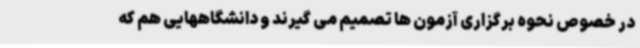
در خصوص نحوه برگزاری آزمون ها تصمیم می گیرند و دانشگاههایی هم که